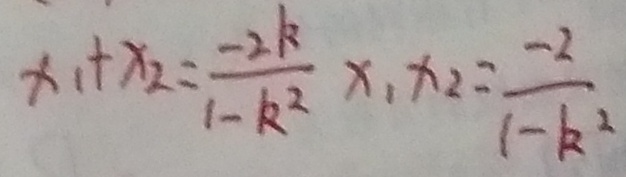
x _ { 1 } + x _ { 2 } = \frac { - 2 k } { 1 - k ^ { 2 } } x _ { 1 } x _ { 2 } = \frac { - 2 } { 1 - k _ { 2 } }